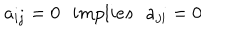
a _ { i j } = 0 \: \: \: i m p l i e s \: \: \: a _ { j i } = 0